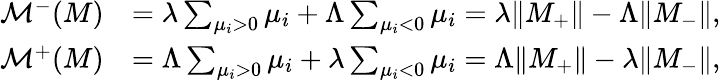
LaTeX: \begin{array}{rl}{\mathcal{M}^{-}(M)}&{=\lambda\sum_{\mu_{i}>0}\mu_{i}+\Lambda\sum_{\mu_{i}<0}\mu_{i}=\lambda\| M_{+}\| -\Lambda\| M_{-}\| ,}\\ {\mathcal{M}^{+}(M)}&{=\Lambda\sum_{\mu_{i}>0}\mu_{i}+\lambda\sum_{\mu_{i}<0}\mu_{i}=\Lambda\| M_{+}\| -\lambda\| M_{-}\| ,}\end{array}